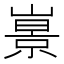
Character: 𡼩